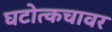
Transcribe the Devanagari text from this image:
घटोत्कचावर